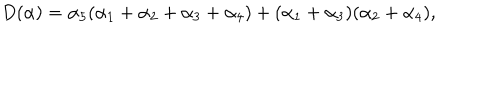
LaTeX: D ( \alpha ) = \alpha _ { 5 } ( \alpha _ { 1 } + \alpha _ { 2 } + \alpha _ { 3 } + \alpha _ { 4 } ) + ( \alpha _ { 1 } + \alpha _ { 3 } ) ( \alpha _ { 2 } + \alpha _ { 4 } ) ,